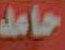
حامد